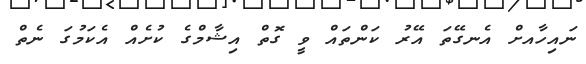
ނައިހާއށް އެނގޭތަ އޭރު ކަންތައް ވީ ގޮތް އިޝާމްގެ ކުށެއް އެކަމުގަ ނެތް